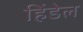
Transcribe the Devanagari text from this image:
हिंडेल